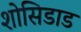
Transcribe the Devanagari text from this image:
शोसिडाड